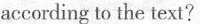
according to the text?